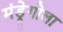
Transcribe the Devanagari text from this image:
मंड्रेगोला